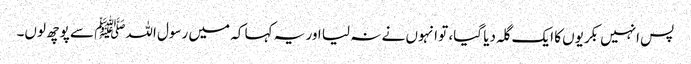
پس انہیں بکریوں کا ایک گلہ دیا گیا، تو انہوں نے نہ لیا اور یہ کہا کہ میں رسول اللہﷺ سے پوچھ لوں۔